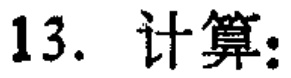
13. 计算：